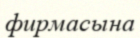
фирмасына